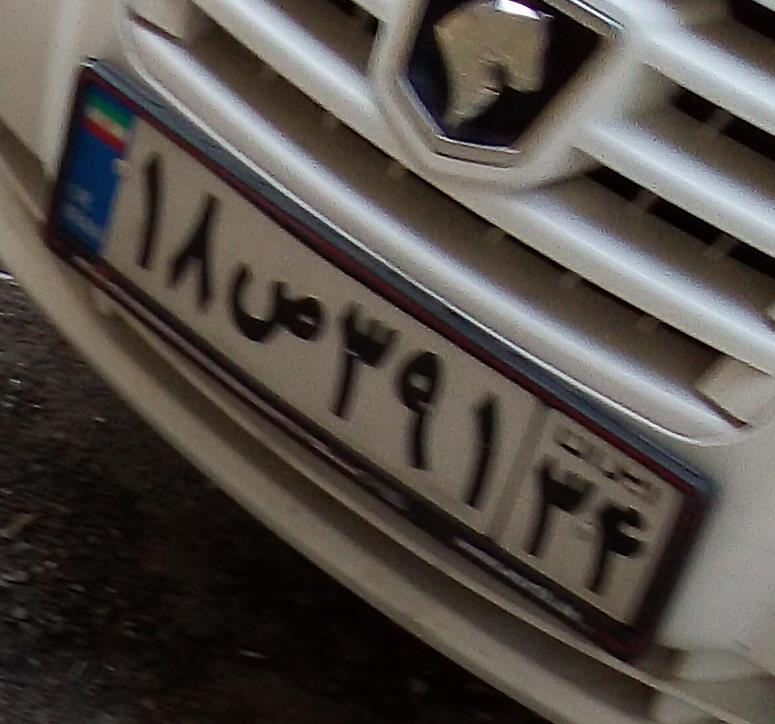
۱۸ص۳۹۱۳۴